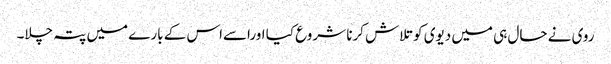
روی نے حال ہی میں دیوی کو تلاش کرنا شروع کیا اوراسےاس کے بارے میں پتہ چلا۔